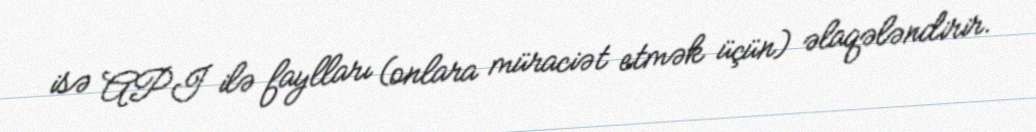
isə API ilə faylları (onlara müraciət etmək üçün) əlaqələndirir.